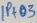
Text: IP+03